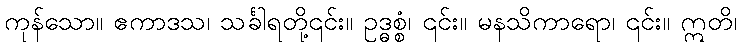
ကုန်သော။ ဧကာဒသ၊ သင်္ခါရတို့၎င်း။ ဥဒ္ဓစ္စံ၊ ၎င်း။ မနသိကာရော၊ ၎င်း။ ဣတိ၊